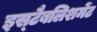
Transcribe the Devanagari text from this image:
इस्‍टैबलिशमेंट